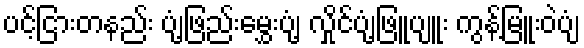
ပင့်ငြားတနည်း ပျံ့ဖြည်းမွှေးပျံ့ လှိုင်ပျံ့ဖြူပျူး ကွန့်မြူးဝဲပျံ